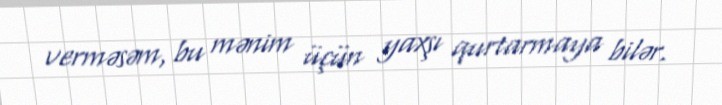
verməsəm, bu mənim üçün yaxşı qurtarmaya bilər.